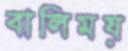
বালিময়